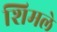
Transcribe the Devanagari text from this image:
शिमले